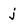
Character: j